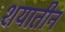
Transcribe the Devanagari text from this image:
शयातीन